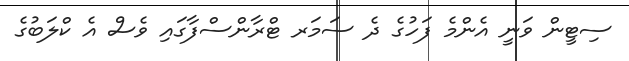
ސިޓީން ވަނީ އެންމެ ފަހުގެ ދެ ސަމަރ ޓްރާންސްފާގައި ވެސް އެ ކްލަބުގެ